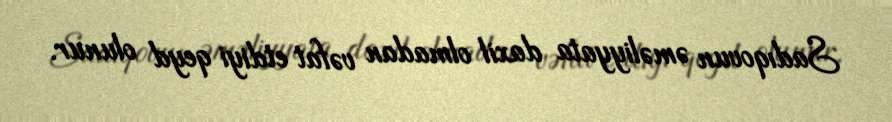
Sadıqovun əməliyyata daxil olmadan vəfat etdiyi qeyd olunur.